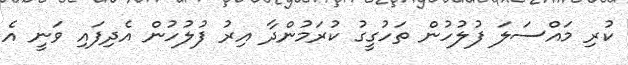
ކުރި މައްސަލަ ފުލުހުން ތަހުގީގު ކުރަމުންދާ އިރު ފުލުހުން އެދިފައި ވަނީ އެ